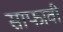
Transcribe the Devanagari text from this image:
साफावी